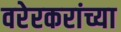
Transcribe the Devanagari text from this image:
वरेरकरांच्या